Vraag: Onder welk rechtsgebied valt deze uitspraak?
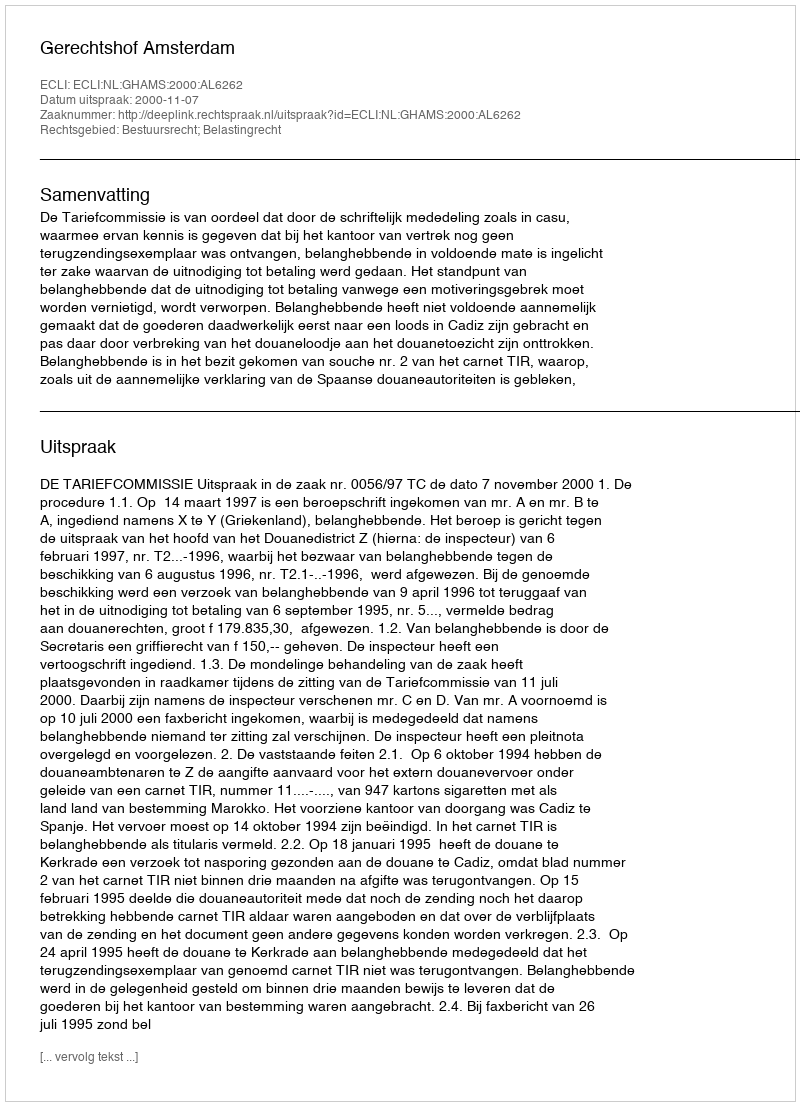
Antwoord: Bestuursrecht; Belastingrecht